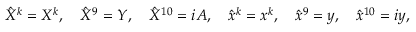
\hat { X } ^ { k } = X ^ { k } , \quad \hat { X } ^ { 9 } = Y , \quad \hat { X } ^ { 1 0 } = i A , \quad \hat { x } ^ { k } = x ^ { k } , \quad \hat { x } ^ { 9 } = y , \quad \hat { x } ^ { 1 0 } = i y ,